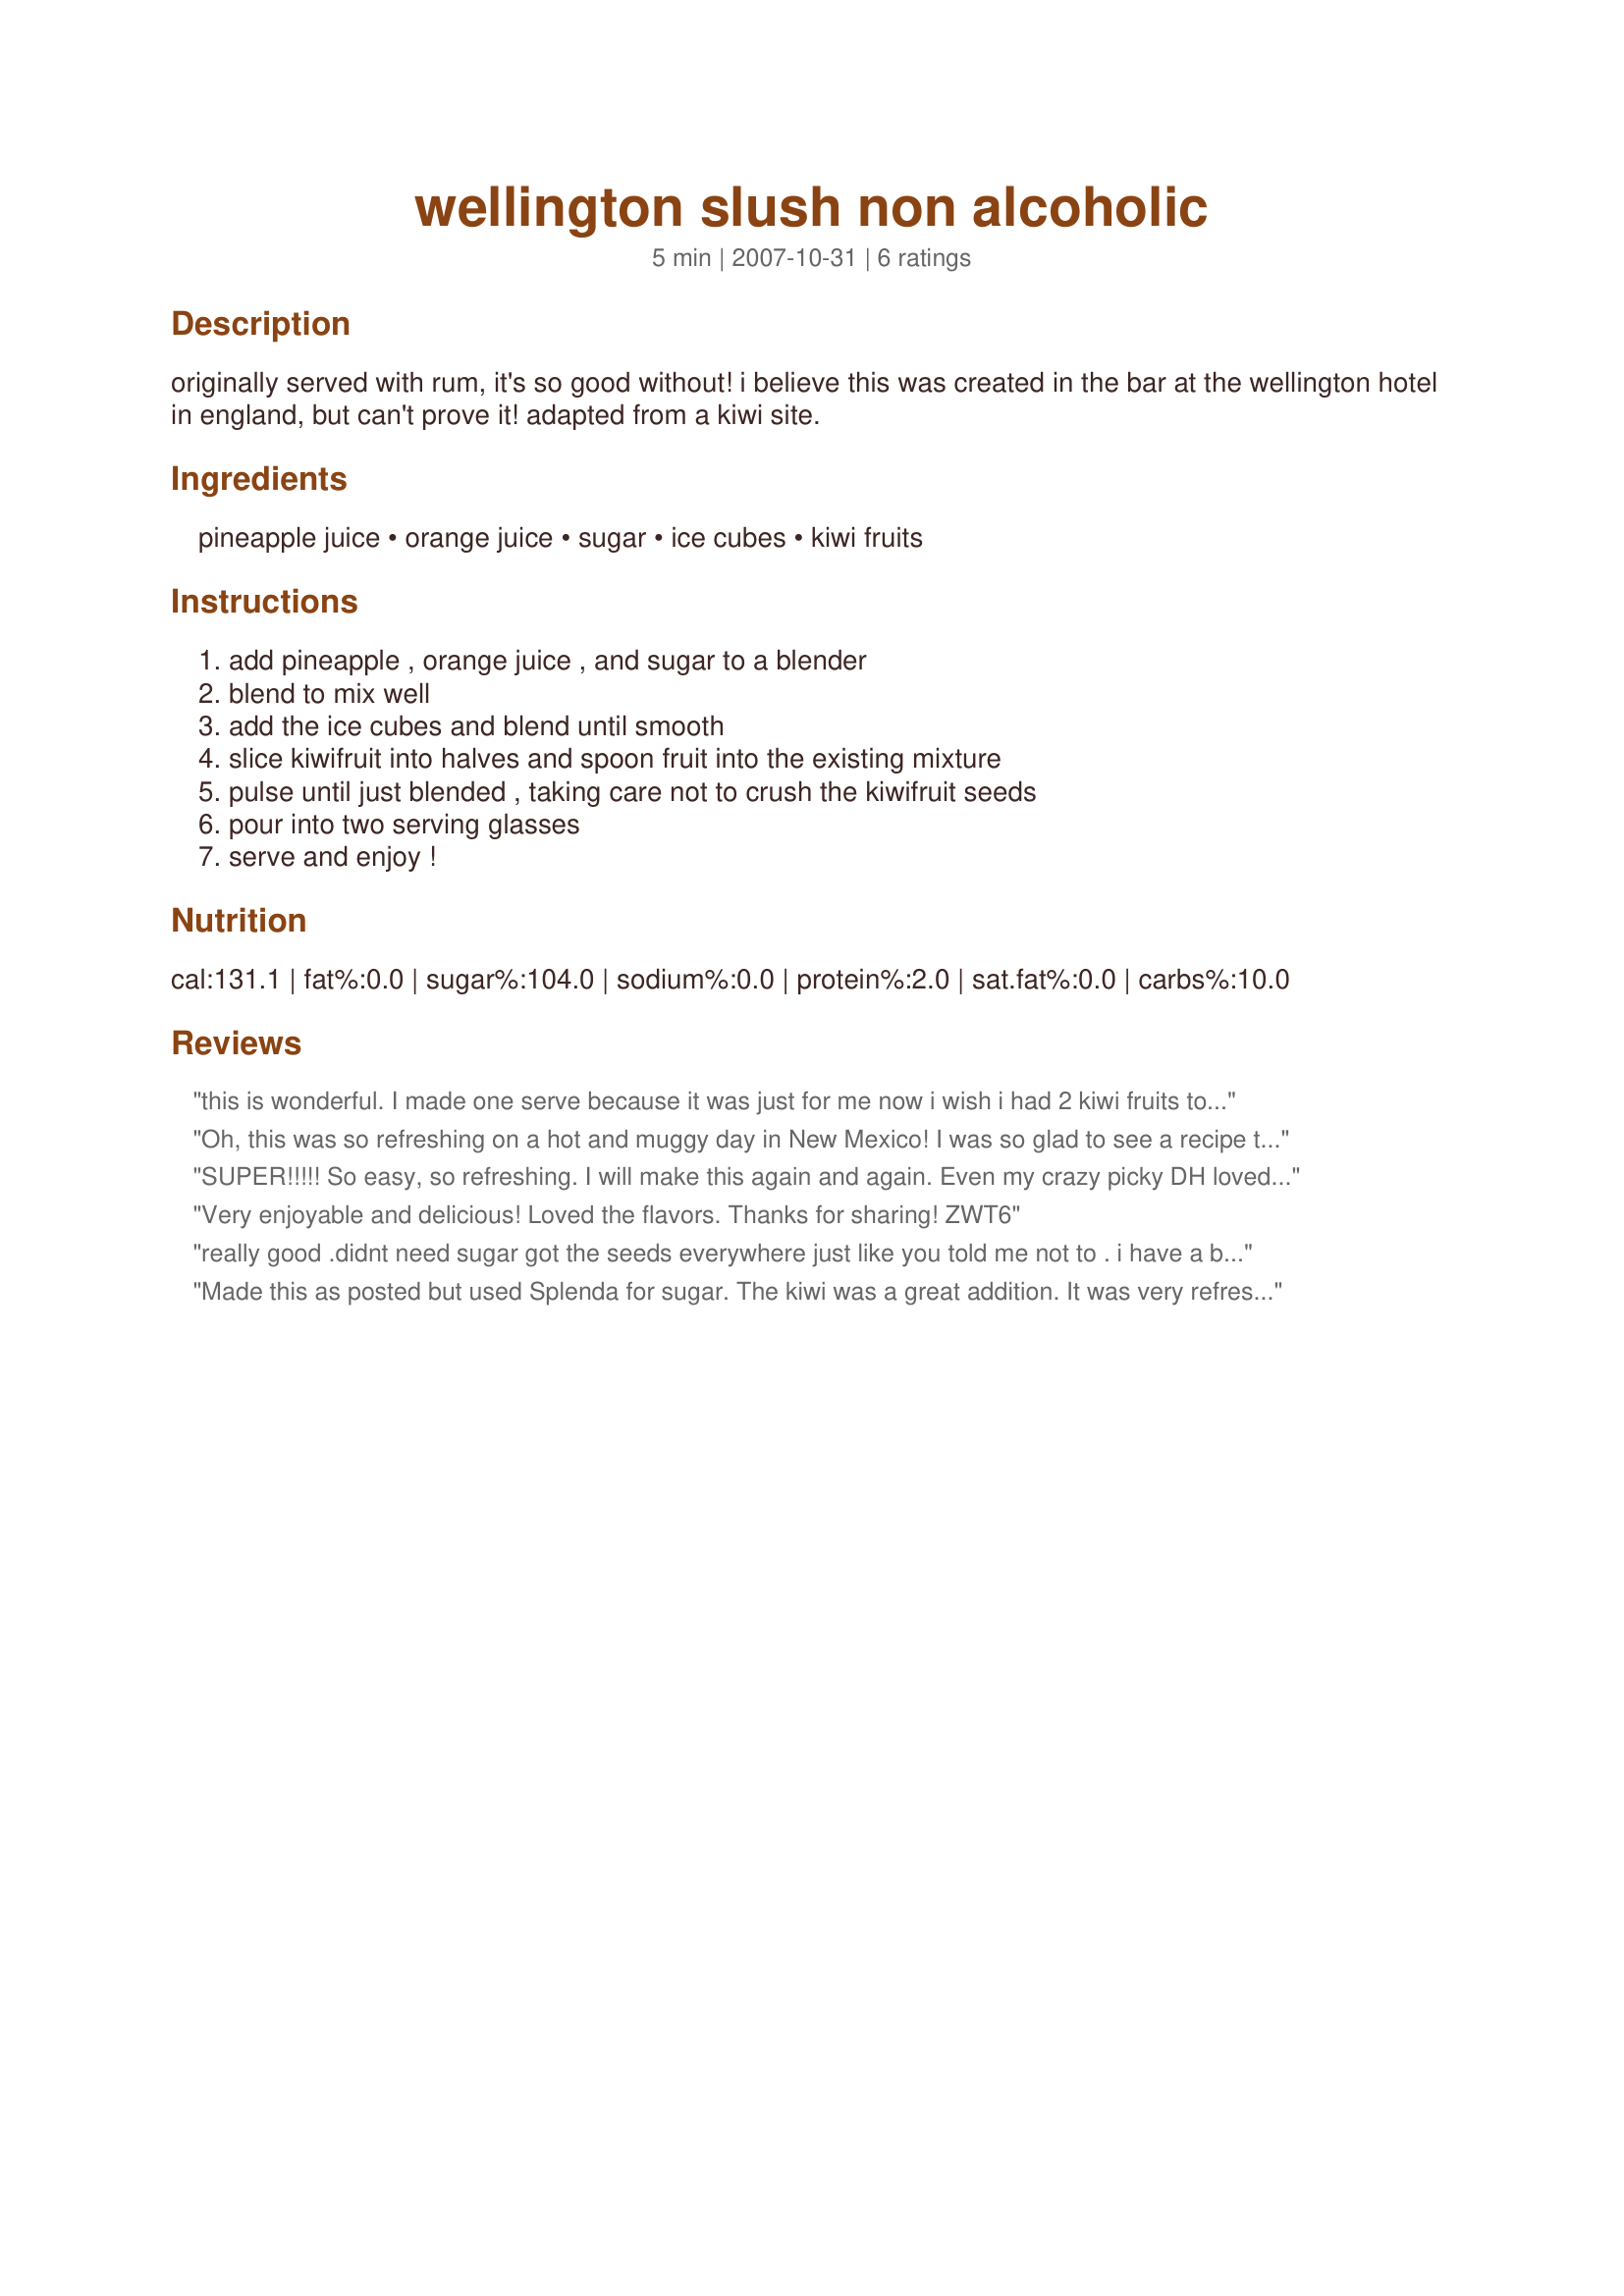
wellington slush non alcoholic
Preparation time: 5 minutes

originally served with rum, it's so good without! i believe this was created in the bar at the wellington hotel in england, but can't prove it! adapted from a kiwi site.

Ingredients:
pineapple juice, orange juice, sugar, ice cubes, kiwi fruits

Steps:
add pineapple , orange juice , and sugar to a blender, blend to mix well, add the ice cubes and blend until smooth, slice kiwifruit into halves and spoon fruit into the existing mixture, pulse until just blended , taking care not to crush the kiwifruit seeds, pour into two serving glasses, serve and enjoy !

Reviews:
this is wonderful. I made one serve because it was just for me now i wish i had 2 kiwi fruits to make 2 serves because i would have drunk both of them. :) I will be making this one again on my alcohol free nights its just like drinking a cocktail. Maybe you could even add some vodka and make it alcoholic. 
Made for Edition 3 Make My Recipe in the Aust/NZ forum.
Oh, this was so refreshing on a hot and muggy day in New Mexico! I was so glad to see a recipe that didn't call for strawberries with the kiwi! I like both fruits, extremely!....but not always together. So this was a great change from the norm! Thnx for sharing your recipe, Sharon. I seem to always end up making a couple of your recipes in the tag games! Keep them coming! Made for the Voracious Vagabonds of ZWT 6.
SUPER!!!!! So easy, so refreshing. I will make this again and again. Even my crazy picky DH loved it. Made for ZWT6 Seasoned Sailor and his Sassy Sirens.
Very enjoyable and delicious! Loved the flavors. Thanks for sharing! ZWT6
really good .didnt need sugar got the seeds everywhere just like you told me not to . i have a brain freeze now , but im not stopping drinking zaar tour 6
Made this as posted but used Splenda for sugar. The kiwi was a great addition. It was very refreshing for a hot afternoon. Thanks for sharing this with us Sharon! Made for Zwizzle Chicks for ZWT6.
